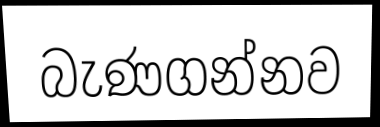
බැණගන්නව